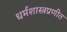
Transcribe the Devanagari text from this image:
धर्मशास्त्रप्रणीत